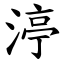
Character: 渟